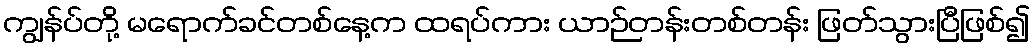
ကျွန်ပ်တို့ မရောက်ခင်တစ်နေ့က ထရပ်ကား ယာဉ်တန်းတစ်တန်း ဖြတ်သွားပြီဖြစ်၍